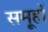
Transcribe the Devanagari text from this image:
समू्हों